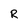
Character: R